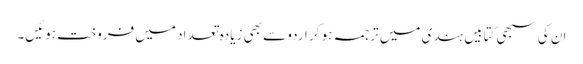
ان کی سبھی کتابیں ہندی میں ترجمہ ہو کر اردو سے بھی زیادہ تعداد میں فروخت ہوئیں۔